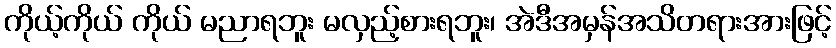
ကိုယ့်ကိုယ် ကိုယ် မညာရဘူး မလှည့်စားရဘူး၊ အဲဒီအမှန်အသိတရားအားဖြင့်